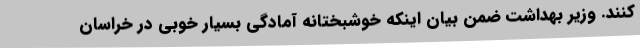
کنند. وزیر بهداشت ضمن بیان اینکه خوشبختانه آمادگی بسیار خوبی در خراسان